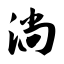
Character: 淌